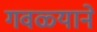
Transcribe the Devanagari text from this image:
गवळ्याने